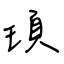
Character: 頊